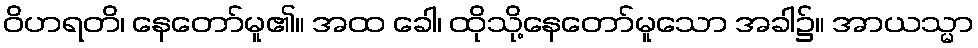
ဝိဟရတိ၊ နေတော်မူ၏။ အထ ခေါ၊ ထိုသို့နေတော်မူသော အခါ၌။ အာယသ္မာ